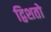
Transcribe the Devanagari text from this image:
द्विशतो